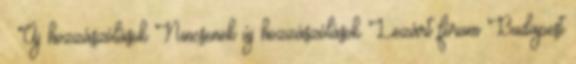
Új hozzászólások Nincsenek új hozzászólások Lezárt fórum Budapest